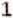
1